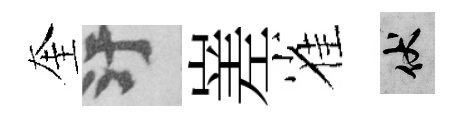
奎污嵳雀伏